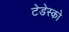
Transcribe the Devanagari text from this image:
टेडेस्को